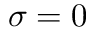
\sigma = 0